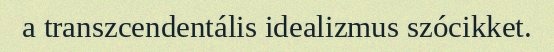
a transzcendentális idealizmus szócikket.